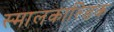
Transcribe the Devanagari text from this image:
स्मालकाल्डिक